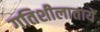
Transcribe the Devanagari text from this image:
गतिशीलातायें